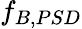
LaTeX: f_{B,PSD}